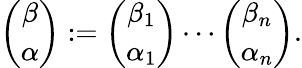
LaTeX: {\binom{\beta}{\alpha}}:={\binom{\beta_{1}}{\alpha_{1}}}\cdots{\binom{\beta_{n}}{\alpha_{n}}}.